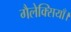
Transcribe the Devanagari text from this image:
गैलेक्सियाँ।